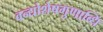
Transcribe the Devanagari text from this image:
वन्द्योशेषगुणाब्धिं